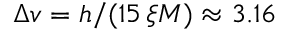
\Delta v = h / ( 1 5 \, \xi M ) \approx 3 . 1 6